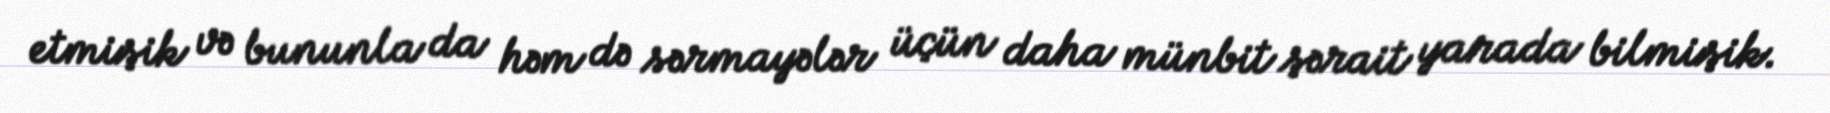
etmişik və bununla da həm də sərmayələr üçün daha münbit şərait yarada bilmişik.